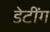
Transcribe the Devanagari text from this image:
डेटींग